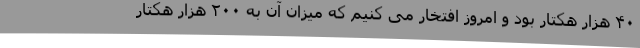
۴۰ هزار هکتار بود و امروز افتخار می کنیم که میزان آن به ۲۰۰ هزار هکتار